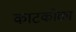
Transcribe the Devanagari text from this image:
काटकोळा